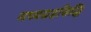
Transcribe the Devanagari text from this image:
मध्यग्रहसिद्धि